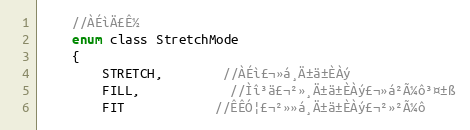
Language: C
	//À­ÉìÄ£Ê½
	enum class StretchMode
	{
		STRETCH,		//À­Éì£¬»á¸Ä±ä±ÈÀý
		FILL,			//Ìî³ä£¬²»¸Ä±ä±ÈÀý£¬»á²Ã¼ô³¤±ß
		FIT			//ÊÊÓ¦£¬²»»á¸Ä±ä±ÈÀý£¬²»²Ã¼ô